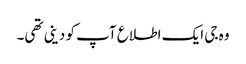
وہ جی ایک اطلاع آپ کو دینی تھی۔